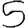
Digit: 5